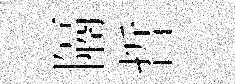
隔哲